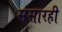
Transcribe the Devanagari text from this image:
संसारही